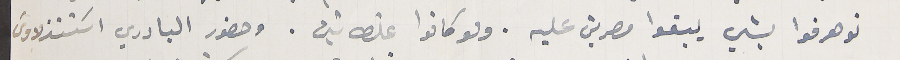
نوهرفوا بشي يبقوا مصرين عليه. ولو كانوا غلطانين. وحضور البادري اسَتنذلاوس